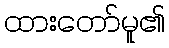
ထားတော်မူ၏